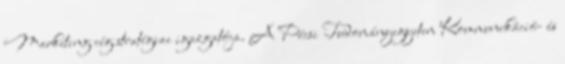
Marketing cég stratégiai igazgatója. A Pécsi Tudományegyetem Kommunikáció- és